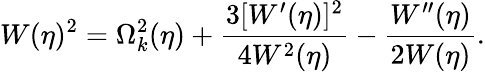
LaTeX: W(\eta)^{2}=\Omega_{k}^{2}(\eta)+\frac{3[W^{\prime}(\eta)]^{2}}{4W^{2}(\eta)}-\frac{W^{\prime\prime}(\eta)}{2W(\eta)}.